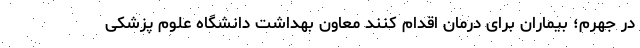
در جهرم؛ بیماران برای درمان اقدام کنند معاون بهداشت دانشگاه علوم پزشکی